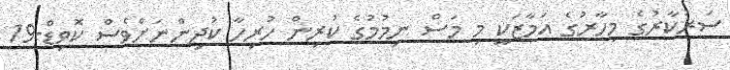
ސަރުކާރުގެ މިހާރުގެ އަމާޒަކީ މި މަސް ނިމުމުގެ ކުރިން ހުރިހާ ކުދިންނަށްވެސް ކޮވިޑް-19